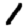
Digit: 1